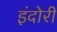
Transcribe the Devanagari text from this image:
इंदोरी